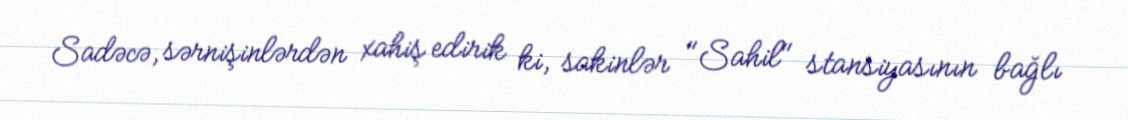
Sadəcə, sərnişinlərdən xahiş edirik ki, sakinlər "Sahil" stansiyasının bağlı